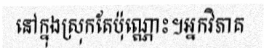
នៅក្នុងស្រុកតែប៉ុណ្ណោះ។អ្នកវិភាគ